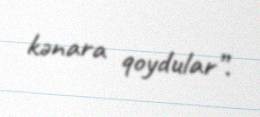
kənara qoydular”.